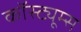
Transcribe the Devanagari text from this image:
कॉस्ट्यूम्स